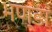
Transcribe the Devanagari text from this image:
भण्डा